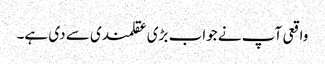
واقعی آپ نے جواب بڑی عقلمندی سے دی ہے۔